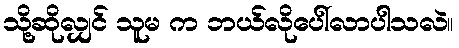
သို့ဆိုလျှင် သူမ က ဘယ်လိုပေါ်လာပါသလဲ။